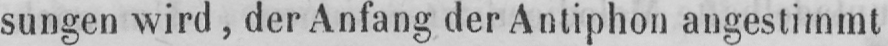
sungen wird, der Anfang der Antiphon angestimmt